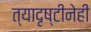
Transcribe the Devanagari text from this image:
त्यादृष्टीनेही